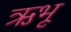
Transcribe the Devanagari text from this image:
ऋभू